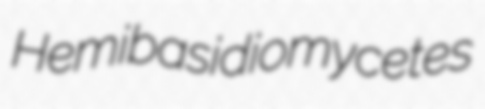
Hemibasidiomycetes